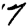
Digit: 7